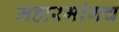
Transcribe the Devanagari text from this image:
महारमांगच